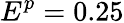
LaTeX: E^{p}=0.25